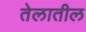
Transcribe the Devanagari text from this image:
तेलातील